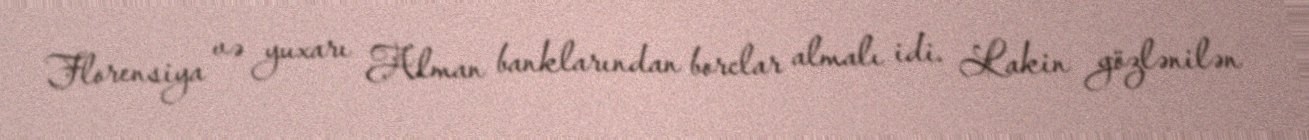
Florensiya və yuxarı Alman banklarından borclar almalı idi. Lakin gözlənilən